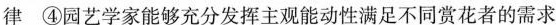
律 ④园艺学家能够充分发挥主观能动性满足不同赏花者的需求